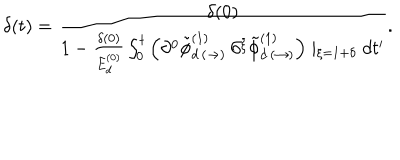
\delta ( t ) = \frac { \delta ( 0 ) } { 1 - \frac { \delta ( 0 ) } { E _ { d } ^ { ( 0 ) } } \int _ { 0 } ^ { t } \left( \partial ^ { 0 } \tilde { \phi } _ { d \, ( \rightarrow ) } ^ { ( 1 ) } \, \partial ^ { \xi } \tilde { \phi } _ { d \, ( \rightarrow ) } ^ { ( 1 ) } \right) \mid _ { \xi = 1 + \delta } d t ^ { \prime } } .